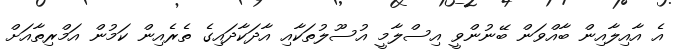
އެ އާއިލާއިން ބާއްވަން ބޭނުންވީ އިސްލާމީ އުސޫލުތަކާއި އާދަކާދައިގެ ތެރެއިން ކަމުން އަމްރިތާއަށް